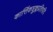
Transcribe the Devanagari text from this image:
कार्त्तिकशुक्लप्रतिपदि